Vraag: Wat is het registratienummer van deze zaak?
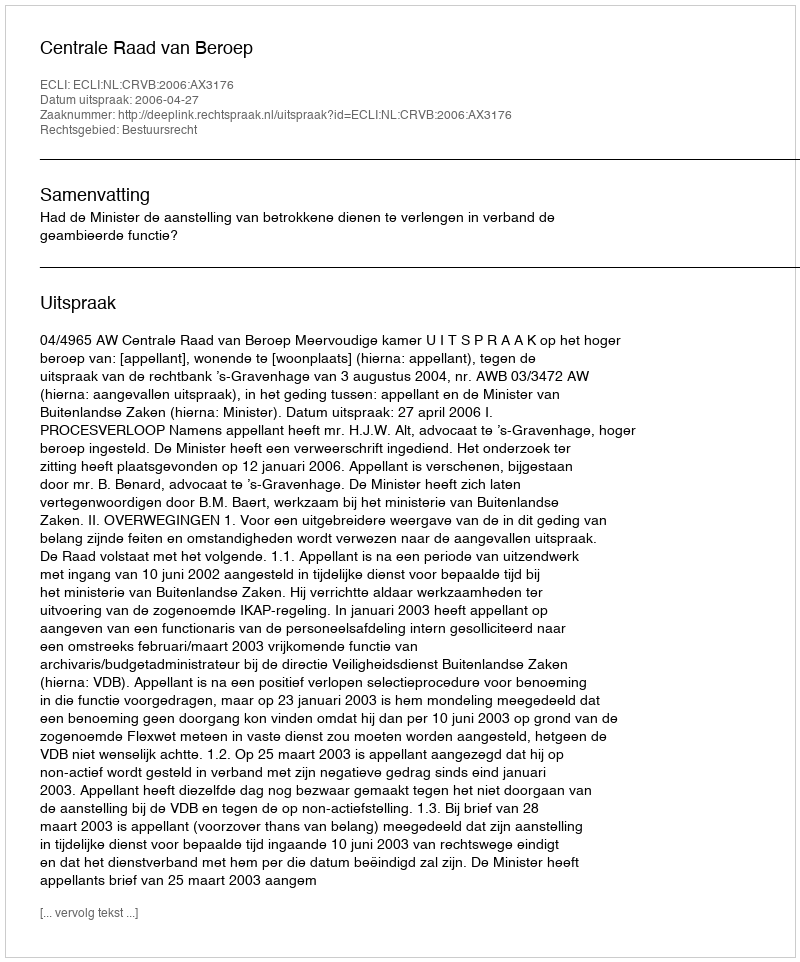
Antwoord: http://deeplink.rechtspraak.nl/uitspraak?id=ECLI:NL:CRVB:2006:AX3176